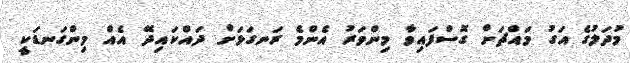
މުދަލުގެ އަގު މައްޗަށް ގޮސްފައިވާ މިންވަރު އެންމެ ރަނގަޅަށް ދައްކައިދޭ އެއް މިންގަނޑަކީ